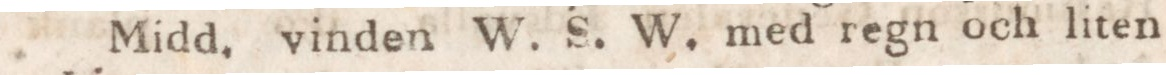
Midd. vinden W. S. W. med regn och liten